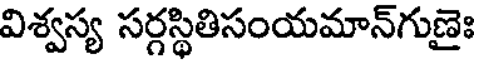
విశ్వస్య సర్గస్థితిసంయమాన్గుణైః